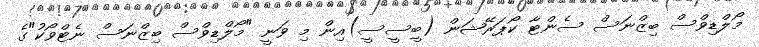
މޯލްޑިވްސް ބިޒްނަސް ސެންޓާ ކޯޕަރޭޝަން (ބީސީސީ)އިން މި ވަނީ "މޯލްޑިވްސް ބިޒްނަސް ނެޓްވޯކު"ގެ